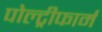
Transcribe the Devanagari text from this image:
पोल्ट्रीफार्म